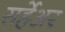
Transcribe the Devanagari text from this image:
सर्हेअर